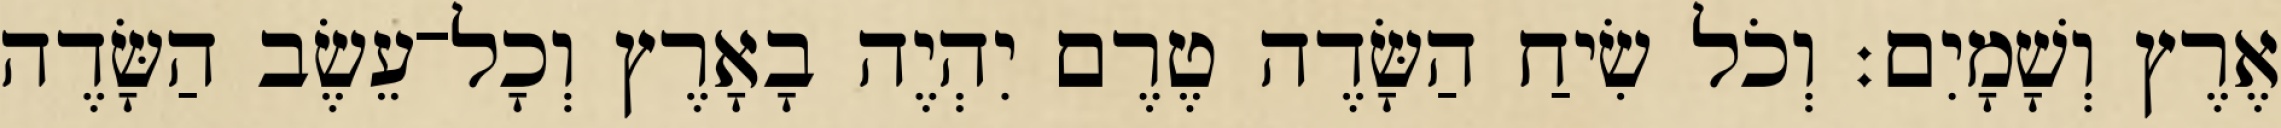
אֶרֶץ וְשָׁמָיִם׃ וְכֹל שִׂיחַ הַשָּׂדֶה טֶרֶם יִהְיֶה בָאָרֶץ וְכָל־עֵשֶׂב הַשָּׂדֶה